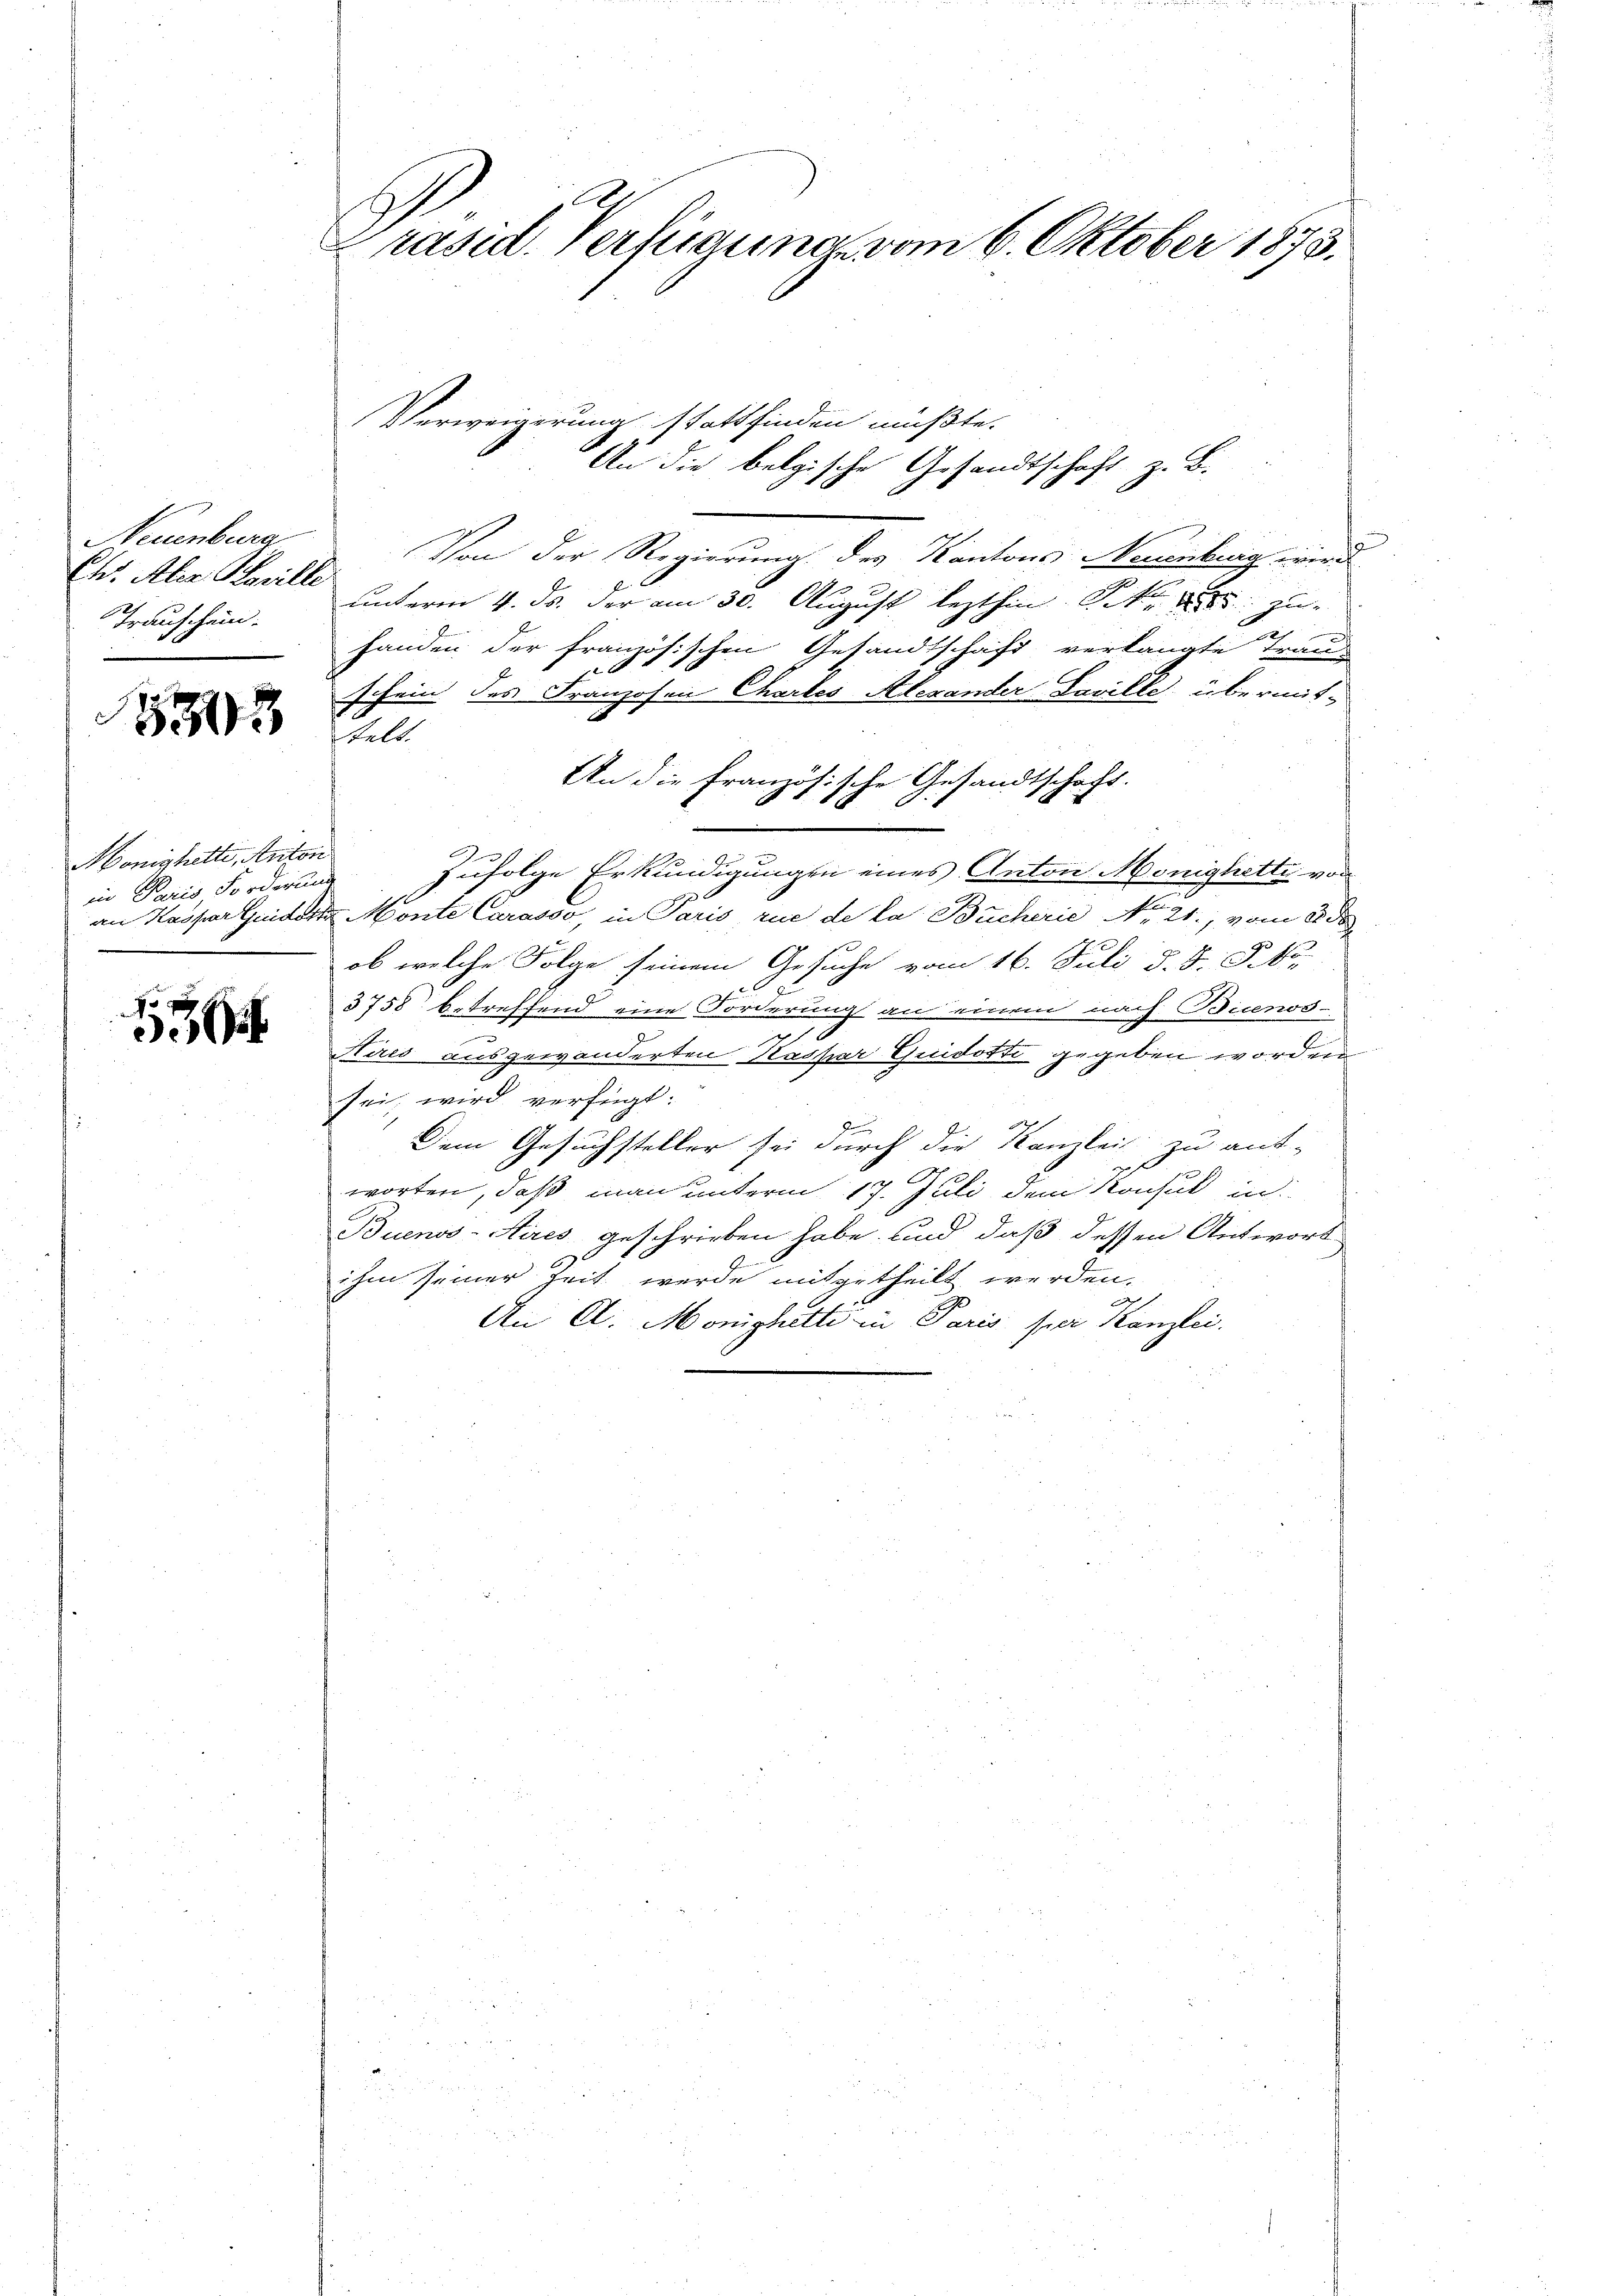
Neuenburg
Chr. Aber Bewilli
Trauschein.

303

Honigheilte, Anton
in Paris, Forderunge
.

J
5

Präsid. Verfügung vom 6. Oktober 1873.

An die belgische Gesandtschaft z. B.
Von der Regierung des Kantons Neuenburg wird
unterm 4. ds. der am 30. August lezthin k. zu
handen der französischen Gesandtschaft verlangte Trau-
schein des Franzosen Chartes Alexander Laville, übermite
ttelt.
An die französische Gesandtschaft.
Zufolge Erkundigungen eines Anton Monighetti von
an Kaspar Guidert Monte Carasso, in Paris rue de la Bucherie No 21., vom 2 de
ob welche Folge seinem Gesuche vom 16. Juli d. d. Js.
3758 betreffend eine Forderung an einem nach Buenos-
Hires ausgewänderten Kaspar Guidotti gegeben worden
sei, wird verfügt:
Dem Gesuchsteller sei durch die Kanzlei zu ant-
worten, daß man unterm 17. Juli dem Konsul in
Buenos-Aires geschrieben habe, und daß dessen Antwort
9.
ihm seiner Zeit werde mitgetheilt werden.
e
An A. Monighetti in Paris per Kanzlei.

Verweigerung stattfinden müßte.